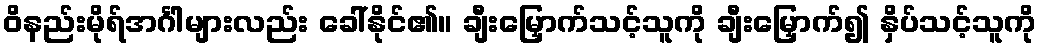
ဝိနည်းမိုရ်အင်္ဂါများလည်း ခေါ်နိုင်၏။ ချီးမြှောက်သင့်သူကို ချီးမြှောက်၍ နှိပ်သင့်သူကို